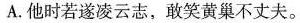
A.他时若遂凌云志，敢笑黄巢不丈夫。